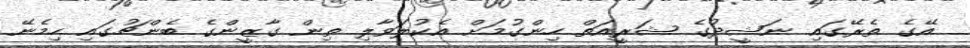
އޭގެ ތެރޭގައި ނަޝީދުގެ ޝަރީއަތް ހިންގުމަށް އެކުލަވާލި ތިން ގާޒީންގެ ބެންޗުގައި ހިމެނޭ